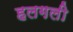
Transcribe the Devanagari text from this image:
हलगली